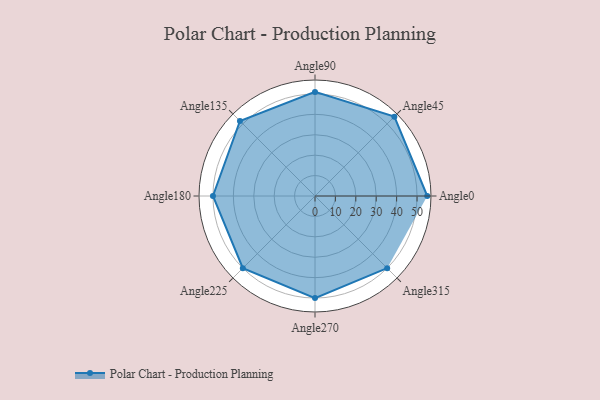
{"axis": {"x": "Angle", "y": "Radius"}, "legend": [""], "data": [{"x": "Angle0", "y": 55.0, "type": ""}, {"x": "Angle45", "y": 55.0, "type": ""}, {"x": "Angle90", "y": 51.0, "type": ""}, {"x": "Angle135", "y": 52.0, "type": ""}, {"x": "Angle180", "y": 50, "type": ""}, {"x": "Angle225", "y": 50, "type": ""}, {"x": "Angle270", "y": 50, "type": ""}, {"x": "Angle315", "y": 50, "type": ""}]}